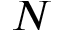
N